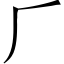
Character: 𠂆